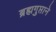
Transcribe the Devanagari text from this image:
ब्रह्मगुप्ताने